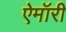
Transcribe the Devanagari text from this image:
ऐमॉरी